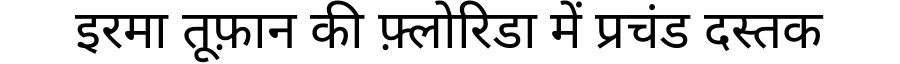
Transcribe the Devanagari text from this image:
इरमा तूफ़ान की फ़्लोरिडा में प्रचंड दस्तक